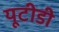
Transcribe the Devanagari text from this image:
यूटीडी